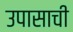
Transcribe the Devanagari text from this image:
उपासाची